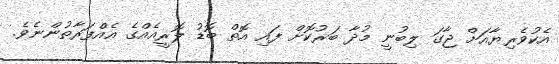
އެކުވެރިޔާއަށް ޖާގަ ލިބުނީ މުދާ ބަރުކޮށް ފައި އޮތް ބޮޑު ލޮރީއެއްގެ އެއްފަރާތުންނެވެ.